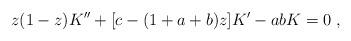
LaTeX: \begin{align*}z(1-z)K^{\prime \prime }+[c-(1+a+b)z]K^{\prime }-abK=0\;, \end{align*}